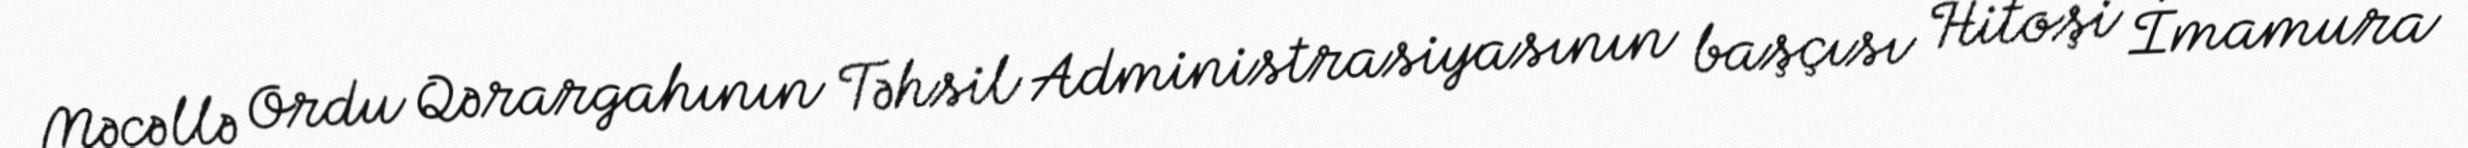
Məcəllə Ordu Qərargahının Təhsil Administrasiyasının başçısı Hitoşi İmamura